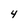
Character: 4